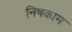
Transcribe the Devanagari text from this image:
निषकाम